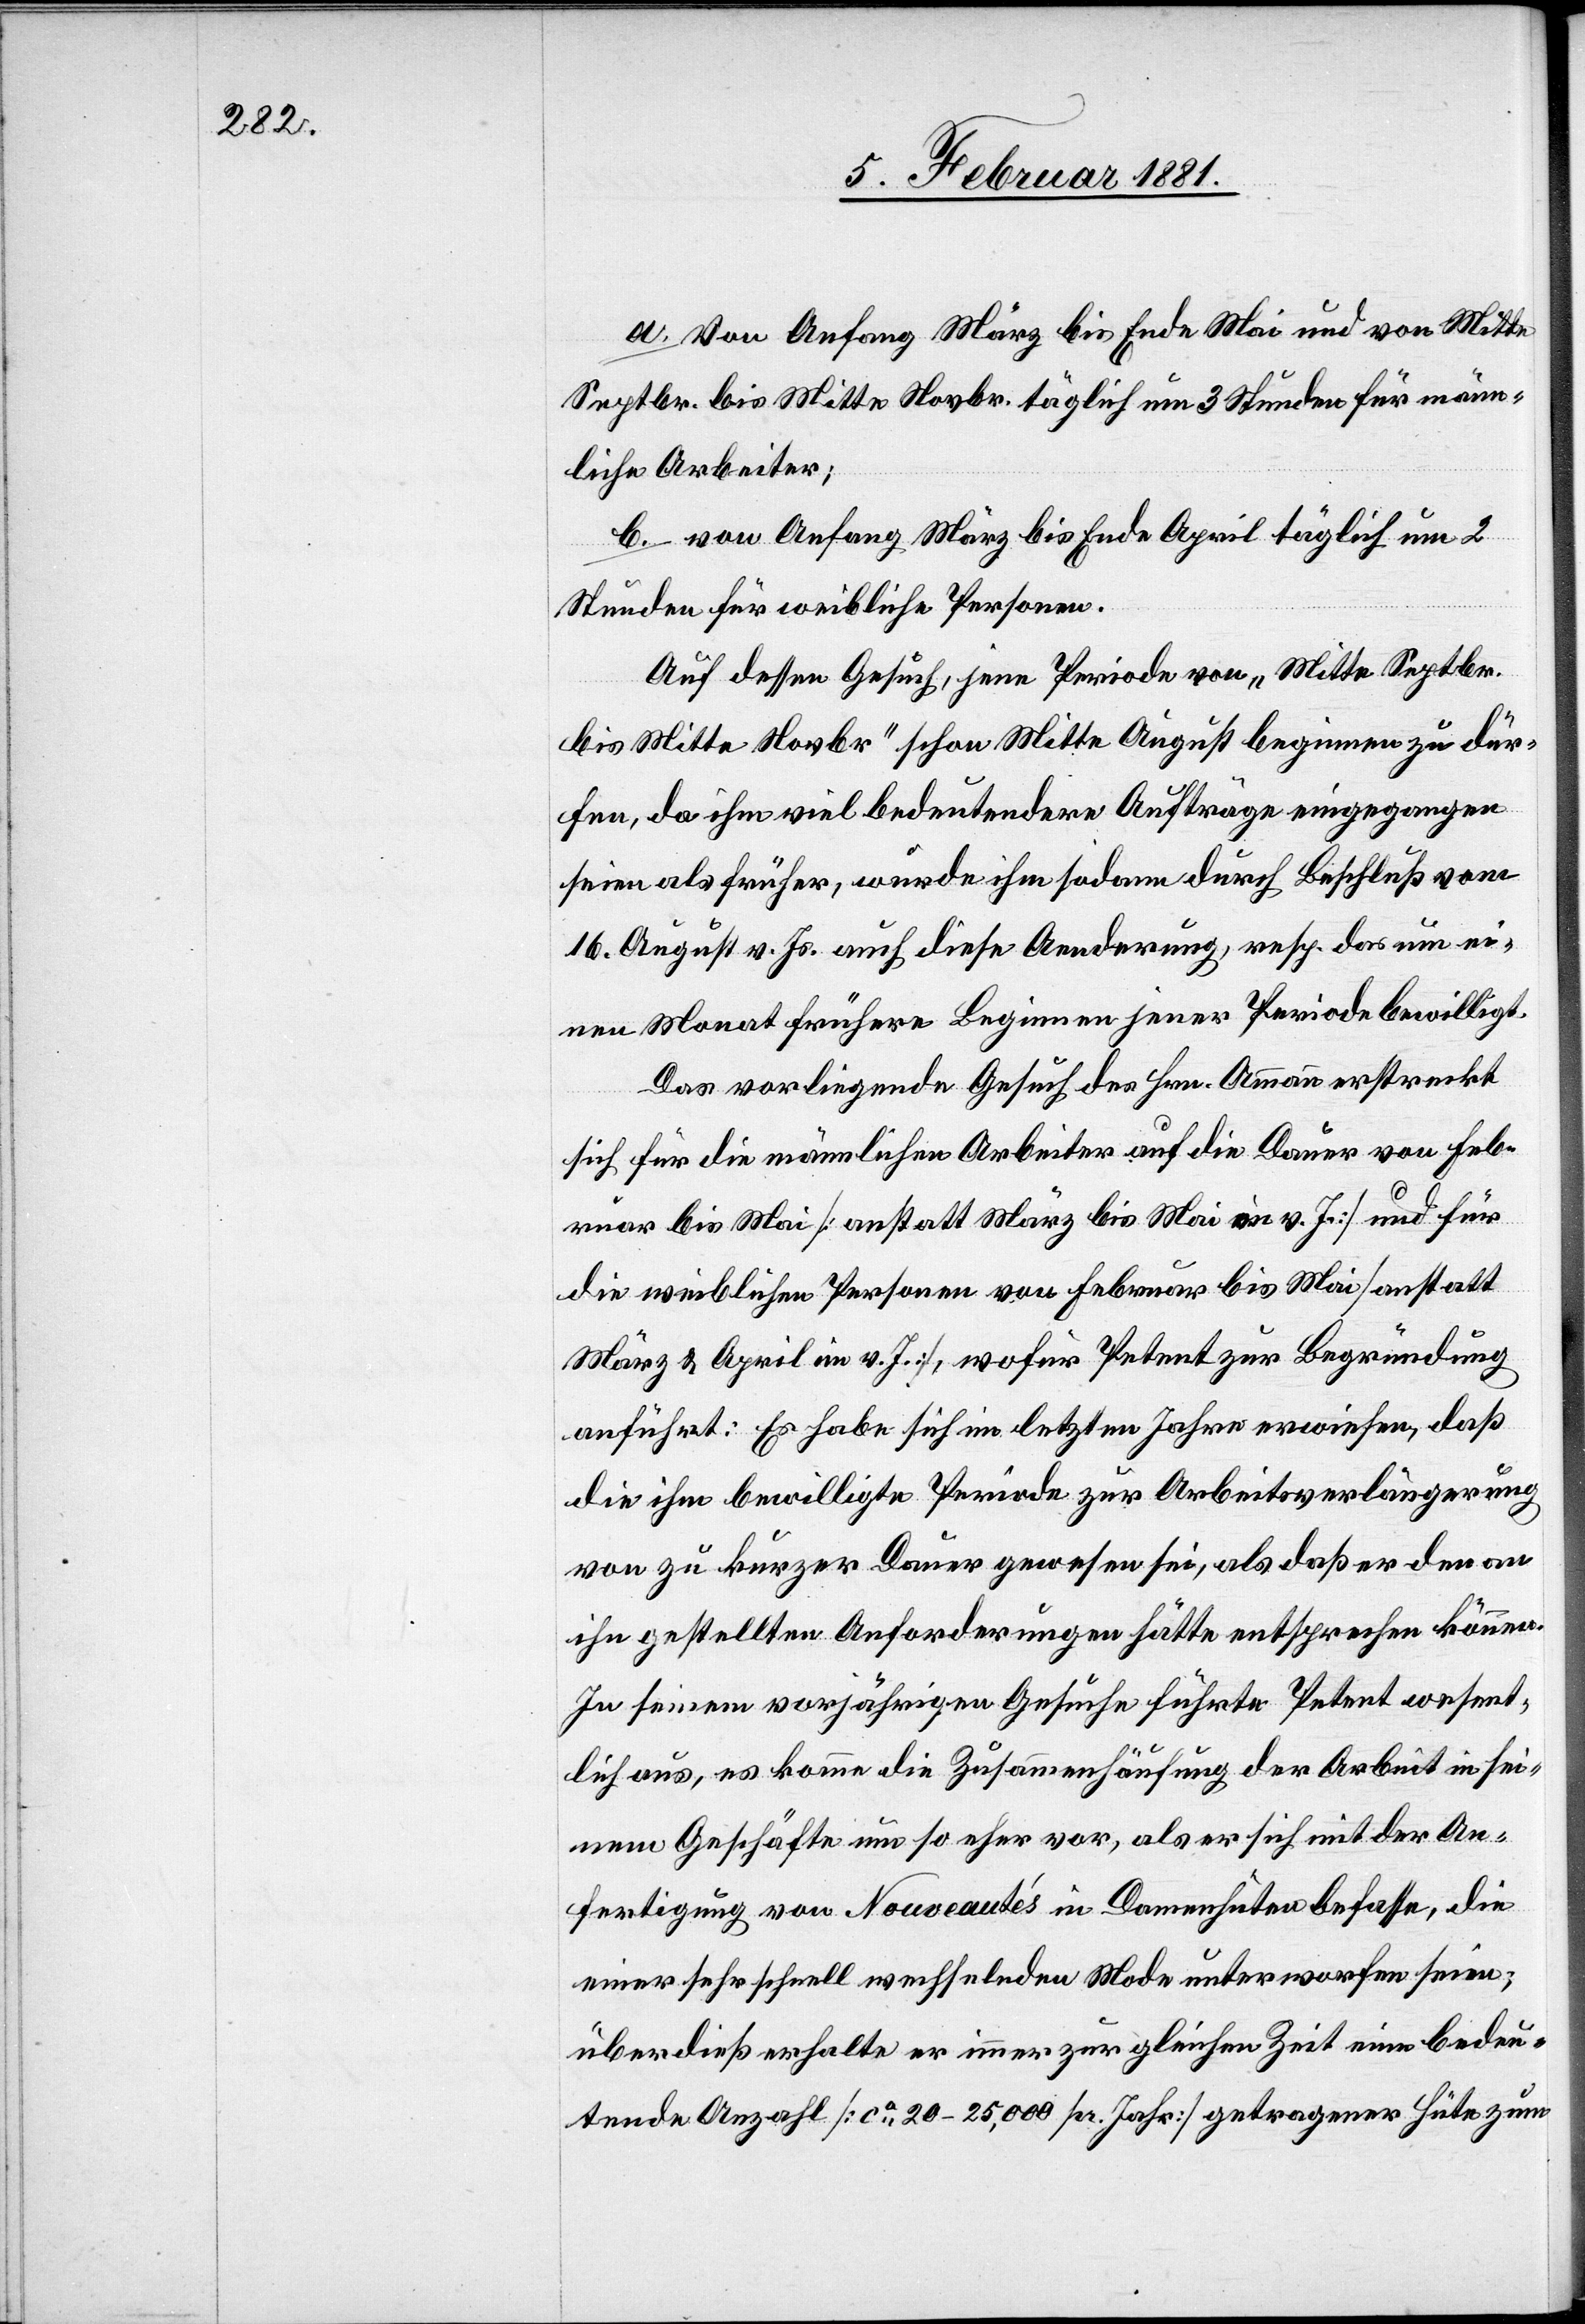
a. Von Anfang März bis Ende Mai und von Mitte
Septbr. bis Mitte Novbr. täglich um 3 Stunden für männ¬
liche Arbeiter;
b. von Anfang März bis Ende April täglich um 2
Stunden für weibliche Personen.
Auf dessen Gesuch, jene Periode von „Mitte Septbr.
bis Mitte Novbr“ schon Mitte August beginnen zu dür¬
fen, da ihm viel bedeutendere Aufträge eingegangen
seien als früher, wurde ihm sodann durch Beschluß vom
16. August v. Js. auch diese Aenderung, resp. das um ei¬
nen Monat frühere Beginnen jener Periode bewilligt.
Das vorliegende Gesuch des Hrn. Ammann erstreckt
sich für die männlichen Arbeiter auf die Dauer von Feb¬
ruar bis Mai [anstatt März bis Mai im v. J.] und für
die weiblichen Personen von Februar bis Mai [anstatt
März & April im v. J.], wofür Petent zur Begründung
anführt: Es habe sich im letzten Jahre erwiesen, daß
die ihm bewilligte Periode zur Arbeitszeitverlängerung
von zu kurzer Dauer gewesen sei, das daß er den an
ihn gestellten Anforderungen hätte entsprechen können.
In seinem vorjährigen Gesuche führte Petent wesent¬
lich aus, es komme die Zusammenhäufung der Arbeit in sei¬
nem Geschäfte um so eher vor, als er sich mit der An¬
fertigung von Nouveautés in Damenhüten befasse, die
einer sehr schnell wechselnden Mode unterworfen seien;
überdieß erhalte er immer zur gleichen Zeit eine bedeu¬
tende Anzahl [ca 20–25,000 pr. Jahr] getragener Hüte zum